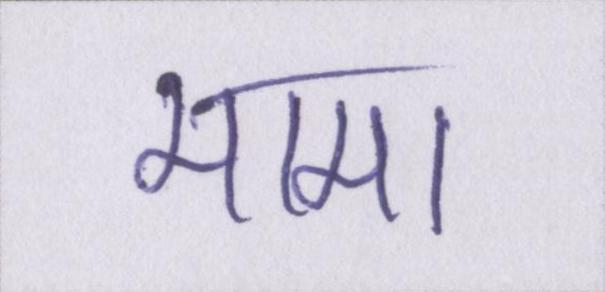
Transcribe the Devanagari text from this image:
मामा